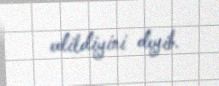
edildiyini deyib.